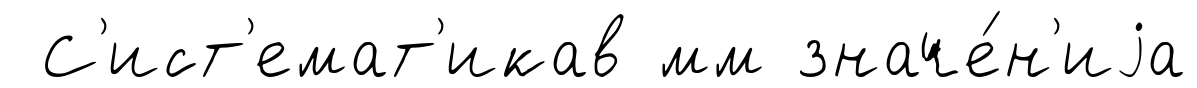
С'ист'емат'икав мм значе́н'иjа